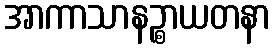
အာကာသာနဉ္စာယတနာ